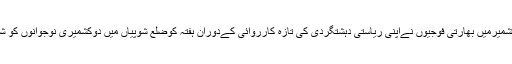
مقبوضہ کشمیرمیں بھارتی فوجیوں نےاپنی ریاستی دہشتگردی کی تازہ کارروائی کےدوران ہفتہ کوضلع شوپیاں میں دوکشمیری نوجوانوں کو شہید کردیا۔